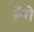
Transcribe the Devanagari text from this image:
रूँगे